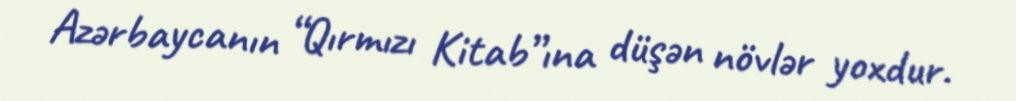
Azərbaycanın “Qırmızı Kitab”ına düşən növlər yoxdur.